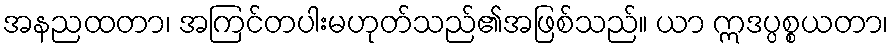
အနညထတာ၊ အကြင်တပါးမဟုတ်သည်၏အဖြစ်သည်။ ယာ ဣဒပ္ပစ္စယတာ၊